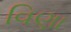
વિણા